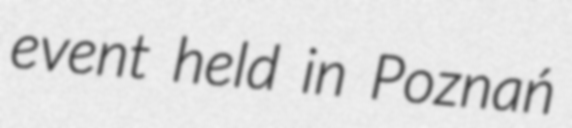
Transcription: event held in Poznań